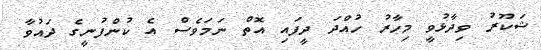
ޝަކޫރު ވިދާޅުވީ މިހާރު ހުއްދަ ދީފައި އޮތް ނަމަވެސް އެ ކުންފުނީގެ ދައުވާ